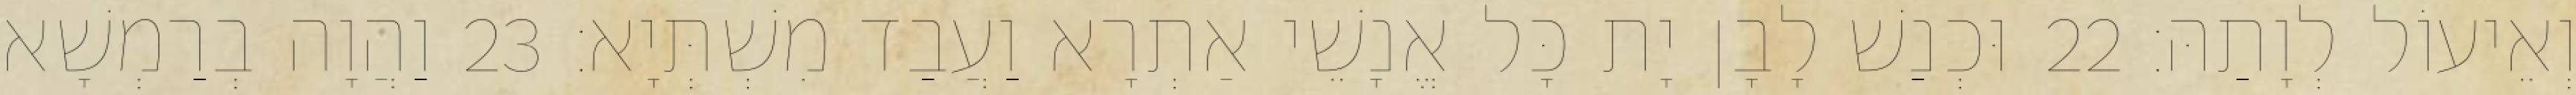
וְאֵיעוֹל לְוָתַהּ׃ 22 וּכְנַשׁ לָבָן יָת כָּל אֱנָשֵׁי אַתְרָא וַעֲבַד מִשְׁתְּיָא׃ 23 וַהֲוָה בְרַמְשָׁא